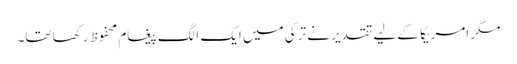
مگر امریکا کے لیے تقدیر نے ترکی میں ایک الگ پیغام محفوظ رکھا تھا۔